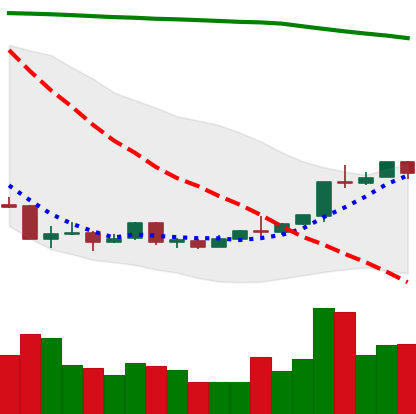
Ticker: ETH-USD
Chart end date: 2018-04-16
Forward return: 18.438%
Label: up_7plus